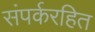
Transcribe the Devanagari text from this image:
संपर्करहित